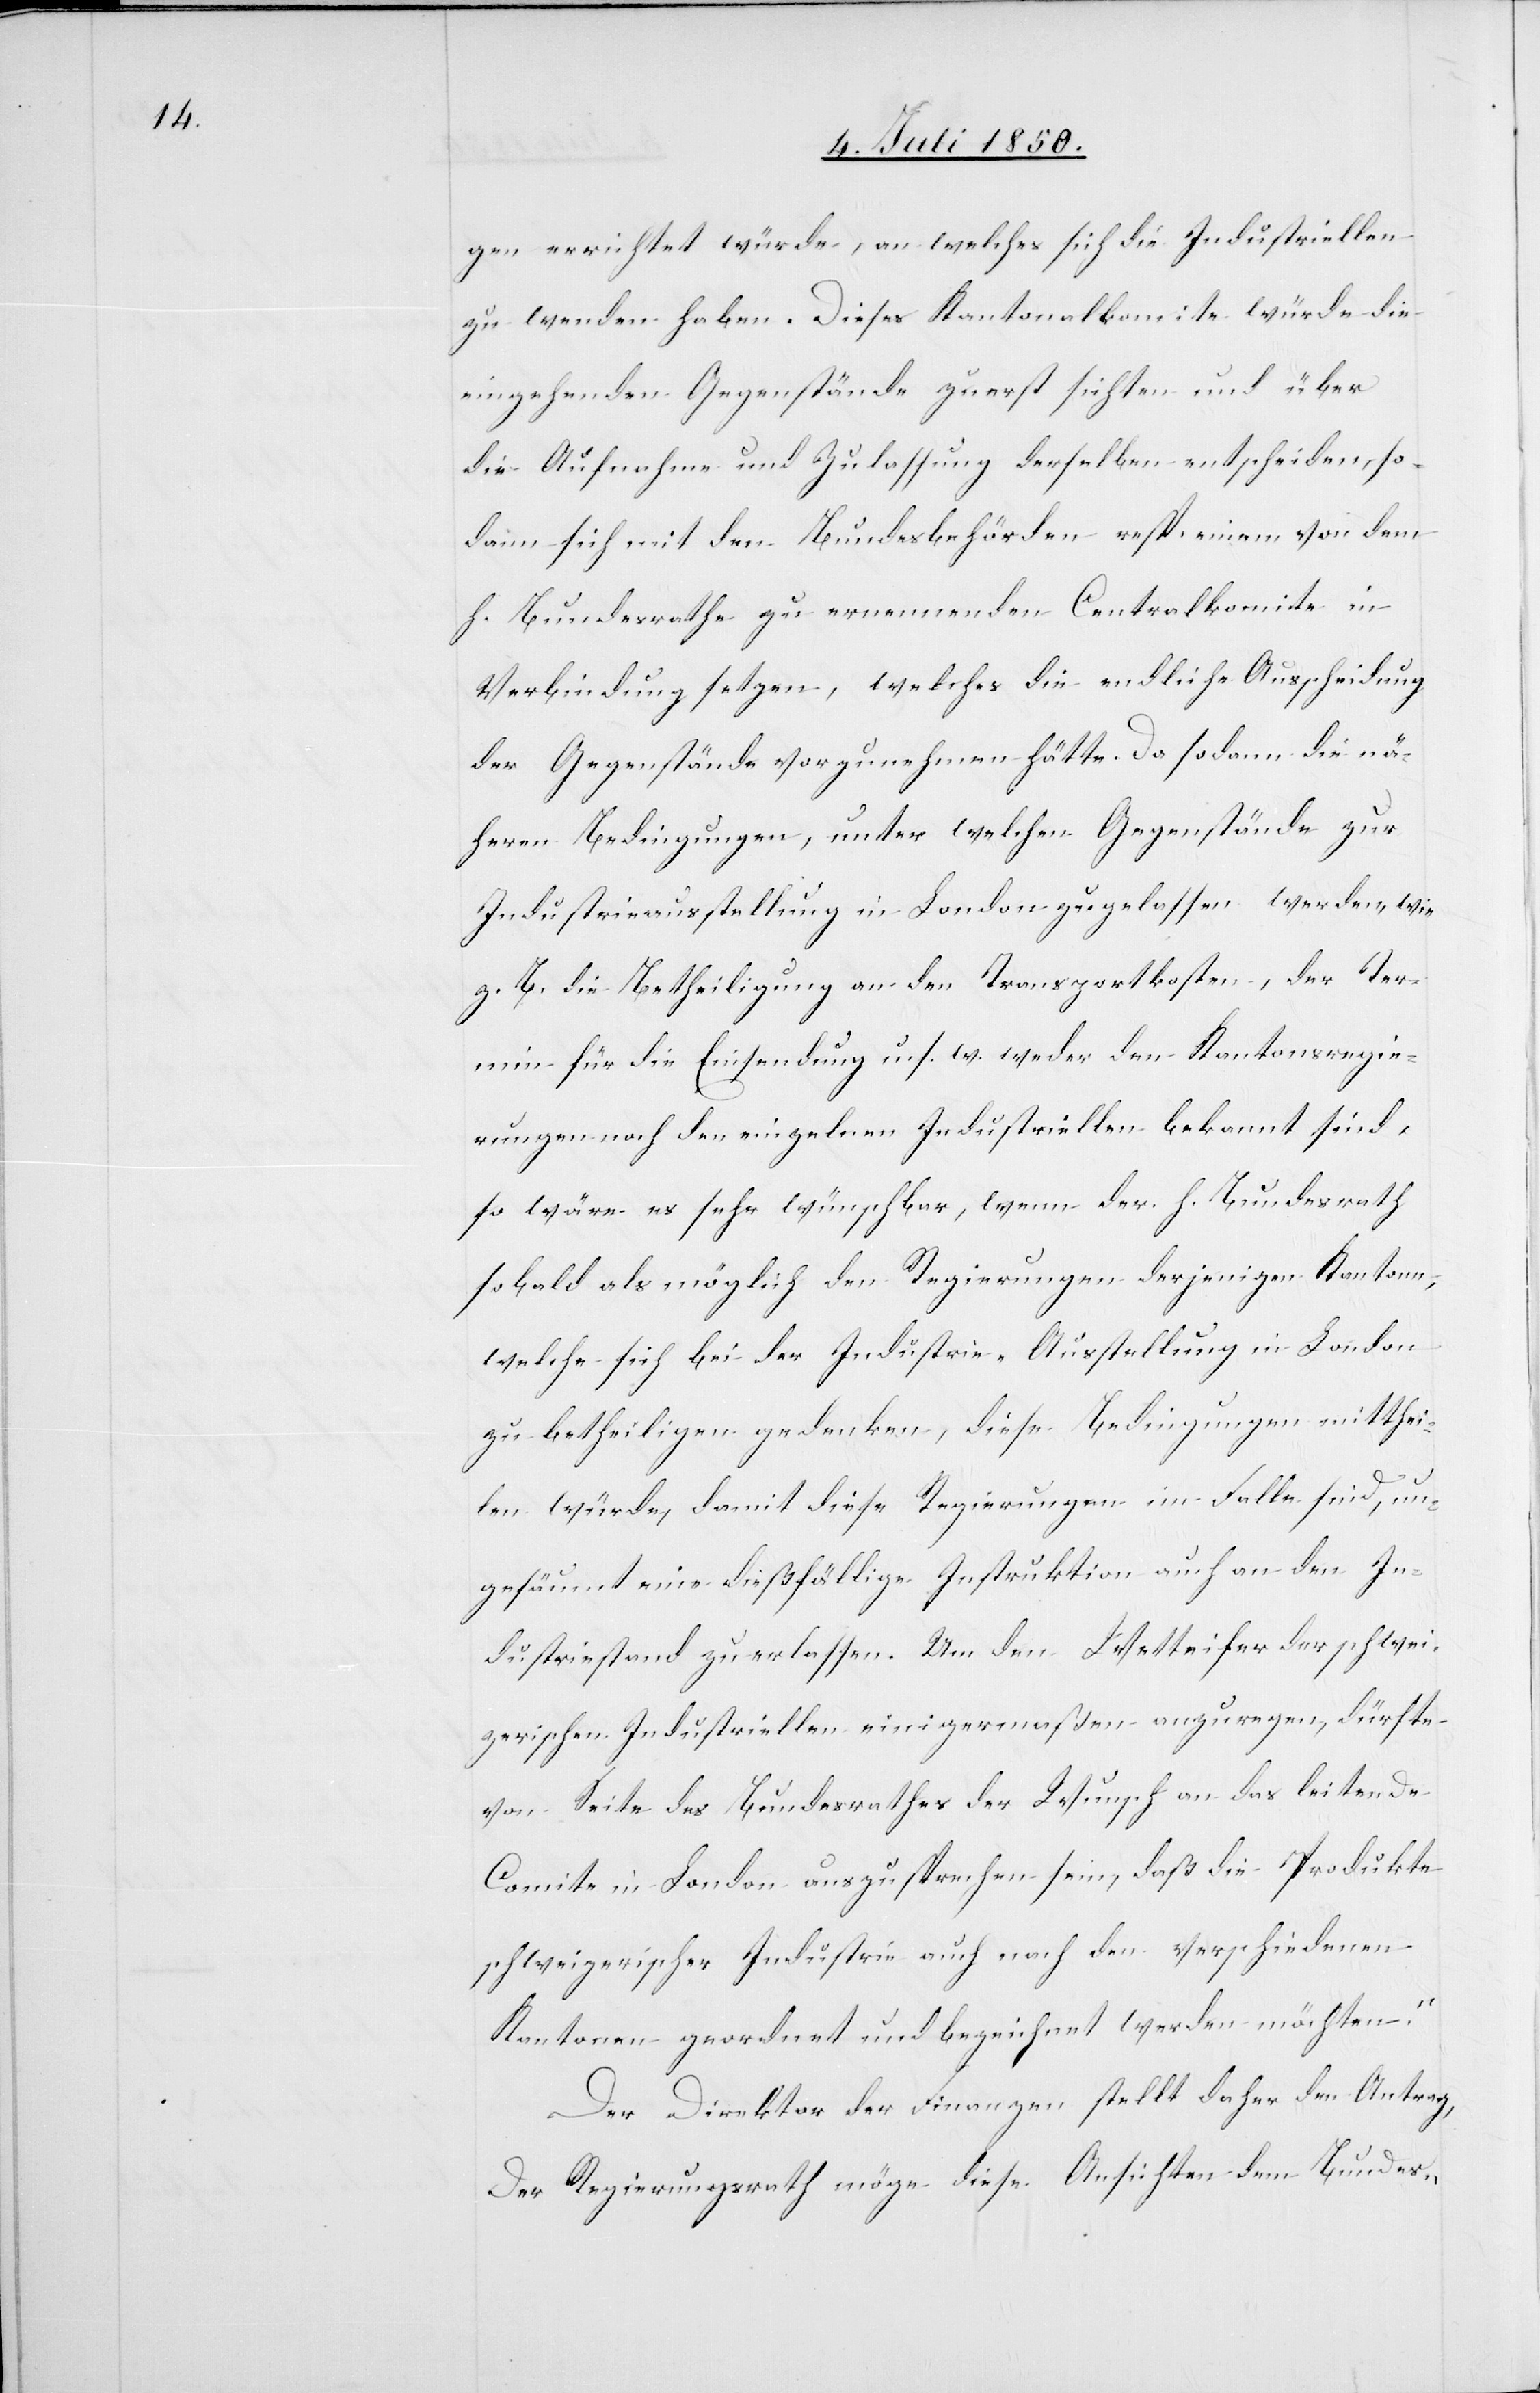
gen errichtet würde, an welches sich die Industriellen
zu wenden haben. Dieses Kantonalkomite würde die
eingehenden Gegenstände zuerst sichten und über
die Aufnahme und Zulassung derselben entscheiden, so¬
dann sich mit den Bundesbehörden resp. einem von dem
h. Bundesrathe zu ernennenden Centralkomite in
Verbindung setzen, welches die endliche Ausscheidung
der Gegenstände vorzunehmen hätte. Da sodann die nä¬
heren Bedingungen, unter welchen Gegenstände zur
Industrieausstellung in London zugelassen werden, wie
z. B. die Betheiligung an den Transportkosten, der Ter¬
min für die Einsendung u. s. w. weder den Kantonsregie¬
rungen noch den einzelnen Industriellen bekannt sind,
so wäre es sehr wünschbar, wenn der h. Bundesrath
sobald als möglich den Regierungen derjenigen Kantone,
welche sich bei der Industrie-Ausstellung in London
zu betheiligen gedenken, diese Bedingungen mitthei¬
len würde, damit diese Regierungen im Falle sind, un¬
gesäumt eine dießfällige Instruktion auch an den In¬
dustriestand zu erlassen. Um den Wetteifer der schwei¬
zerischen Industriellen einigermaßen anzuregen, dürfte
von Seite des Bundesrathes der Wunsch an das leitende
Comite in London auszusprechen sein, daß die Produkte
schweizerischer Industrie auch nach den verschiedenen
Kantonen geordnet und bezeichnet werden möchten.“
Der Direktor der Finanzen stellt daher den Antrag,
Der Regierungsrath möge diese Ansichten dem Bundes-